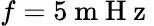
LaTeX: f=5\mathrm{~m~H~z~}